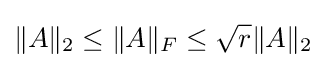
\|A\|_{2}\leq \|A\|_{F}\leq {\sqrt {r}}\|A\|_{2}